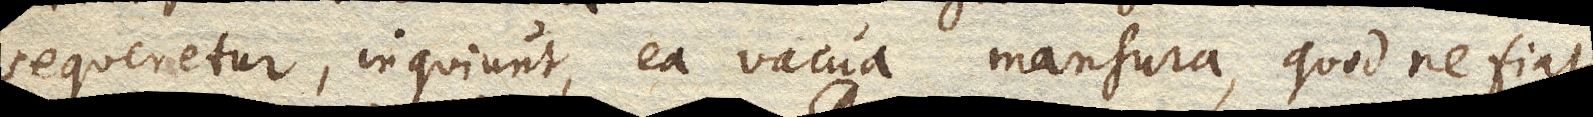
sequeretur, inquiunt, ea vacua mansura, quod ne fiat,